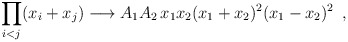
\begin{align*}\prod_{i<j}(x_i+x_j) \longrightarrow A_1 A_2 \,x_1 x_2(x_1 + x_2)^2 (x_1 - x_2)^2 \,\,\,,\end{align*}